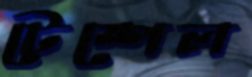
টেম্পেল